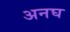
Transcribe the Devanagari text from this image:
अनघ